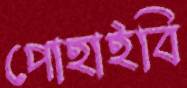
পোহাইবি